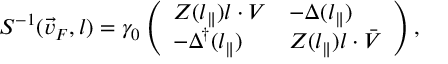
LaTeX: S ^ { - 1 } ( \vec { v } _ { F } , l ) = \gamma _ { 0 } \left( \begin{array} { l l } { { Z ( l _ { \parallel } ) l \cdot V } } & { { - \Delta ( l _ { \parallel } ) } } \\ { { - \Delta ^ { \dagger } ( l _ { \parallel } ) } } & { { Z ( l _ { \parallel } ) l \cdot \bar { V } } } \end{array} \right) ,